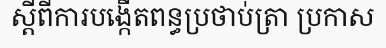
ស្តីពីការបង្កើតពន្ធប្រថាប់ត្រា ប្រកាស